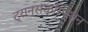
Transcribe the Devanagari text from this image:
ट्रान्सक्रिप्शन